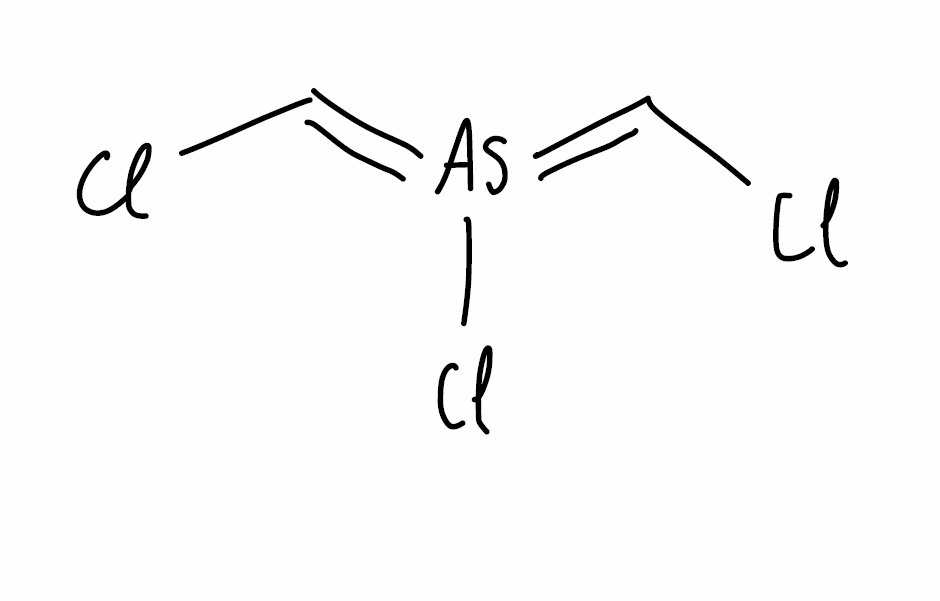
Simplified molecular-input line-entry system (SMILES) notation of the given molecule:
C(=[As](=C\Cl)\Cl)\Cl